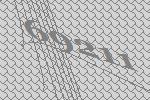
69211